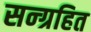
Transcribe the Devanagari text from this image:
सन्ग्रहित